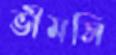
ভীমসি